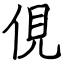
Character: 俔